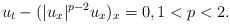
LaTeX: \begin{align*}u_t-(|u_x|^{p-2}u_x)_x=0,1<p<2.\end{align*}